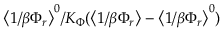
\big < 1 / \beta \Phi _ { r } \big > ^ { 0 } / K _ { \Phi } ( \big < 1 / \beta \Phi _ { r } \big > - \big < 1 / \beta \Phi _ { r } \big > ^ { 0 } )